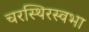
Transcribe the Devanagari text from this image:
चरस्थिरस्वभा